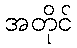
အတိုင်